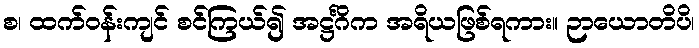
စ၊ ထက်ဝန်းကျင် စင်ကြယ်၍ အဋ္ဌင်္ဂိက အရိယဖြစ်ရကား။ ဉာယောတိပိ၊